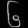
Digit: ၆